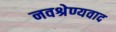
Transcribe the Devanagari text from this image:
नवश्रेण्यवाद